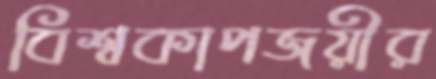
বিশ্বকাপজয়ীর